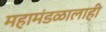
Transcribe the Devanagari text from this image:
महामंडळालाही